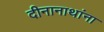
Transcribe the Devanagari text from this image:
दीनानाथांना